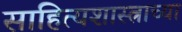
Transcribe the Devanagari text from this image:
साहित्यशास्त्राच्या